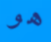
هو